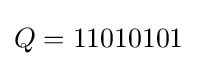
Q=11010101